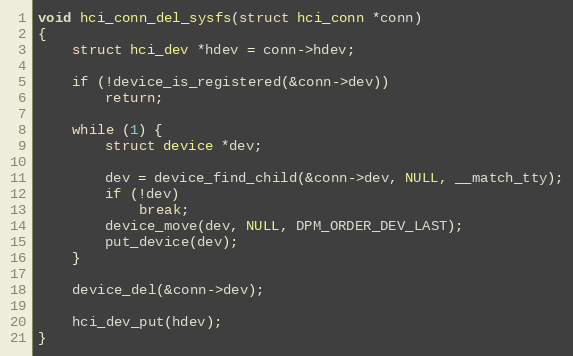
Language: C
void hci_conn_del_sysfs(struct hci_conn *conn)
{
	struct hci_dev *hdev = conn->hdev;

	if (!device_is_registered(&conn->dev))
		return;

	while (1) {
		struct device *dev;

		dev = device_find_child(&conn->dev, NULL, __match_tty);
		if (!dev)
			break;
		device_move(dev, NULL, DPM_ORDER_DEV_LAST);
		put_device(dev);
	}

	device_del(&conn->dev);

	hci_dev_put(hdev);
}